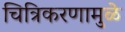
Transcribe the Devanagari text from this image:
चित्रिकरणामुळे